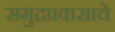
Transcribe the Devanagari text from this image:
समुद्रप्रवासाचे